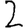
Digit: 2